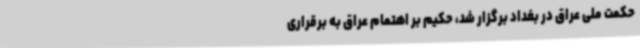
حکمت ملی عراق در بغداد برگزار شد، حکیم بر اهتمام عراق به برقراری